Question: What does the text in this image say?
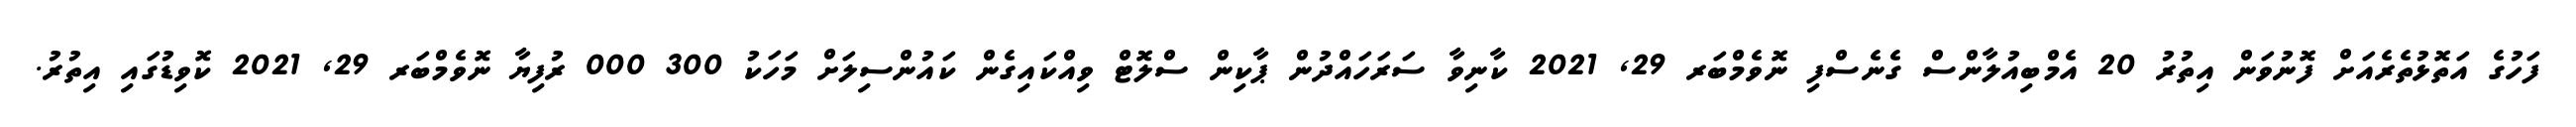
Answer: ފަހުގެ އަތޮޅުތެރެއަށް ފޮނުވަން އިތުރު 20 އެމްބިއުލާންސް ގެނެސްފި ނޮވެމްބަރ 29, 2021 ކާނިވާ ސަރަހައްދުން ޕާކިން ސްލޮޓް ވިއްކައިގެން ކައުންސިލަށް މަހަކު 300 000 ރުފިޔާ ނޮވެމްބަރ 29, 2021 ކޮވިޑުގައި އިތުރު.